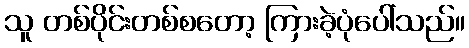
သူ တစ်ပိုင်းတစ်စတော့ ကြားခဲ့ပုံပေါ်သည်။